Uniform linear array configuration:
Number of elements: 64
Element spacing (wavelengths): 0.5
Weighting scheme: blackman
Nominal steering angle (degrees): -60
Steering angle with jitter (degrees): -61.6
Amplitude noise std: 0.05
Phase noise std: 0.05

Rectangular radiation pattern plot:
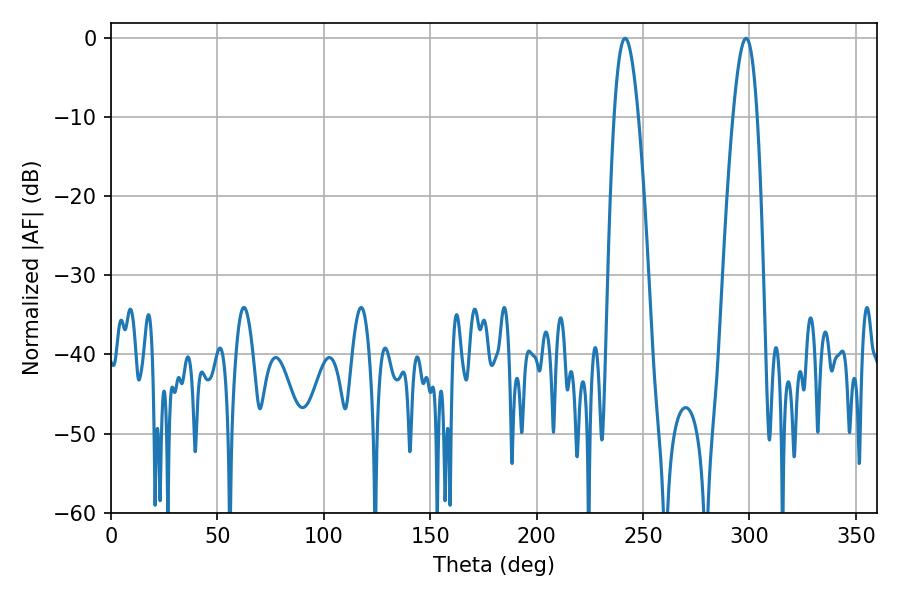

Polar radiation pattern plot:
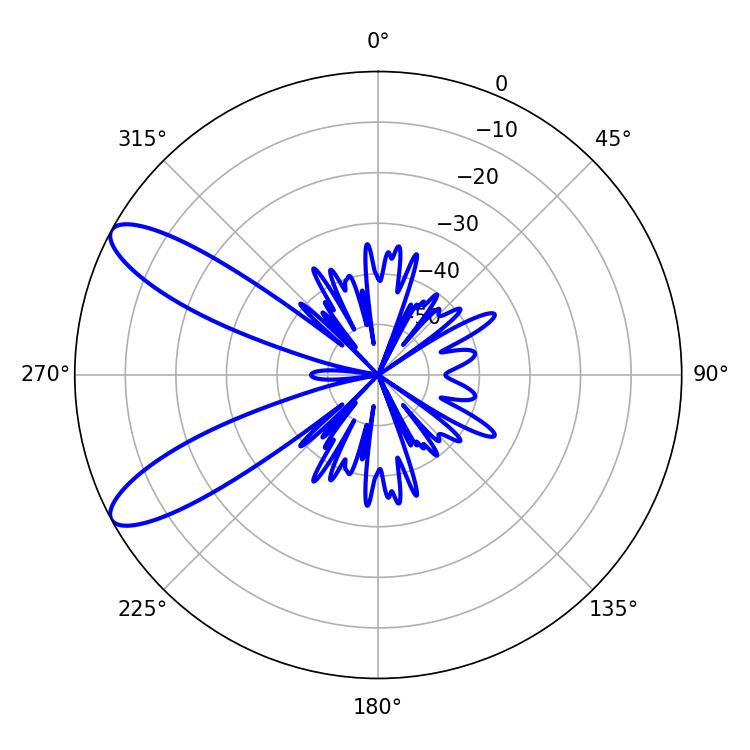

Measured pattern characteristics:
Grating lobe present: FALSE
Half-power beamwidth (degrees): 6.12
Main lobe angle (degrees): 241.56